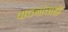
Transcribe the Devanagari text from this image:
वाचनांचाही